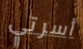
أسرتي